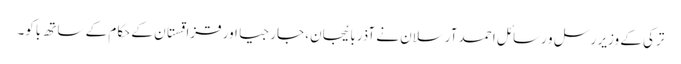
ترکی کے وزیر رسل و رسائل احمد آرسلان نے آذربائیجان، جارجیا اور قزاقستان کے حکام کے ساتھ باکو۔